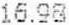
16.98